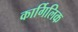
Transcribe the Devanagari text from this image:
कार्गिलिक